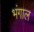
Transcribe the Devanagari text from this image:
भंगाल